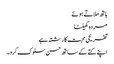
ہاتھ ملاتے ہوئے
مردہ کھیلنا
تفریحی محبت کا رشتہ ہے
اپنے کتے کے ساتھ حسن سلوک کرو۔